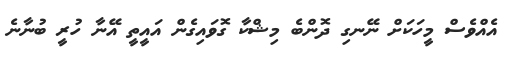
އެއްވެސް މީހަކަށް ނޭނގި ދޮންބެ މިޝްކާ ގޮވައިގެން އައީތީ އޭނާ ހުރީ ބުނާނެ